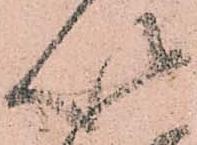
以